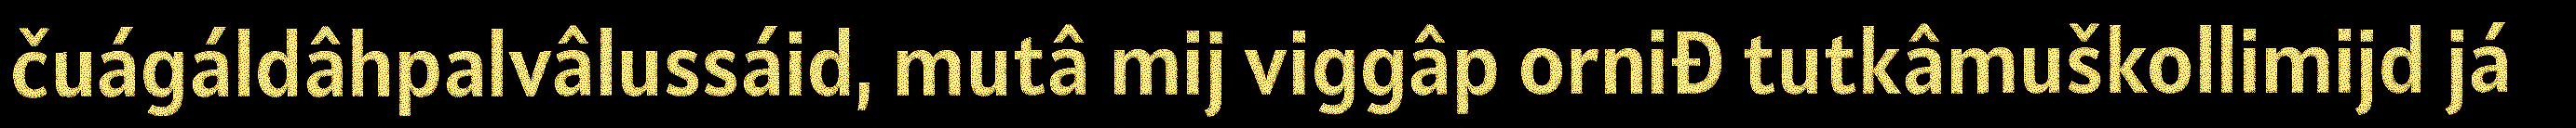
čuágáldâhpalvâlussáid, mutâ mij viggâp orniđ tutkâmuškollimijd já